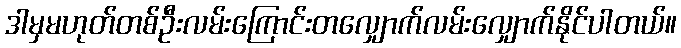
ဒါမှမဟုတ်တစ်ဦးလမ်းကြောင်းတလျှောက်လမ်းလျှောက်နိုင်ပါတယ်။